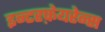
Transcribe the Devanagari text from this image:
इन्टरफ़ेयरेन्स